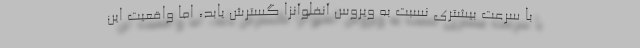
با سرعت بیشتری نسبت به ویروس آنفلوآنزا گسترش یابد، اما واقعیت این